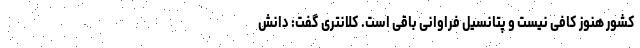
کشور هنوز کافی نیست و پتانسیل فراوانی باقی است. کلانتری گفت: دانش